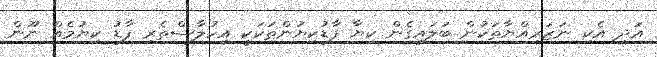
އަދި އެކި ނަޒަރިއްޔާތަކުން ބަލައިގެން ކިޔާ ފާޑުކިޔުންތަކަކީ އިހުލާސްތެރި ފާޑު ކިޔުމެއް ނޫން